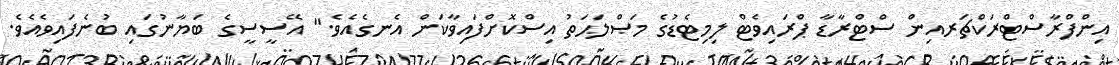
އިންފްރާސްޓްރަކްޗަރއިން ސްޓްރާޑާ ޕްރައިވެޓް ލިމިޓެޑުގެ މަޞްލަޙަތު އިސްކޮށްފައިވާކަން އެނގެއެވެ." އޭސީސީގެ ބަޔާނުގައި ބުނެފައިވެއެވެ.